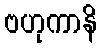
ဗဟုကာနိ